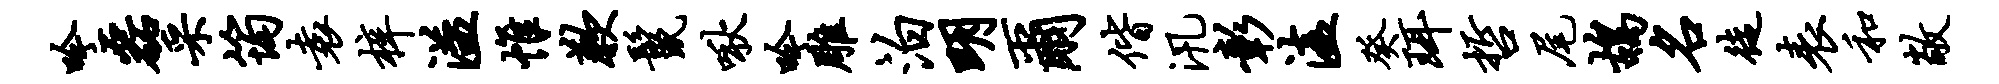
吟磊采筠袁梓溢帷歉鬣啾吟雕泊明尔偕汛彰溘癸珥哲尾鸪名徒表和敞